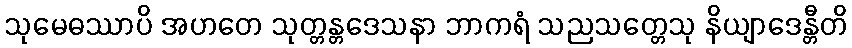
သုမေဓဿာပိ အဟတေ သုတ္တန္တဒေသနာ ဘာကရံ သညသတ္တေသု နိယျာဒေန္တီတိ